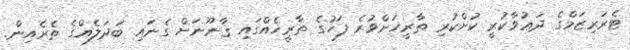
ޓެރަރިޒަމްގެ ދަޢުވާކުރީ ކުށްކުރި ތާރީޚަށްވުރެ ފަހުގެ ތާރީޚެއްގައި ޤާނޫނަށް ގެނައި ބަދަލެއްގެ ތެރެއިން.